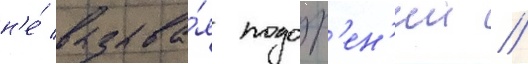
н'е́ вызыва́я подозр'ен'ии //